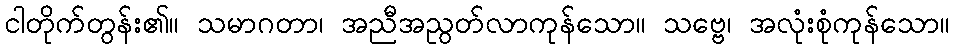
ငါတိုက်တွန်း၏။ သမာဂတာ၊ အညီအညွတ်လာကုန်သော။ သဗ္ဗေ၊ အလုံးစုံကုန်သော။